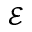
\mathcal E